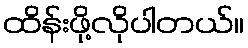
ထိန်းဖို့လိုပါတယ်။